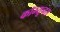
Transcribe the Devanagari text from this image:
कॉम्यूनस